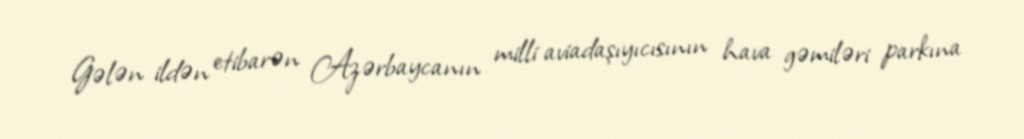
Gələn ildən etibarən Azərbaycanın milli aviadaşıyıcısının hava gəmiləri parkına